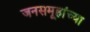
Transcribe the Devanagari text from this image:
जनसमूहांच्या